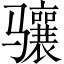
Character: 骧